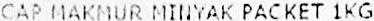
CAP MAKMUR MINYAK PACKET 1KG